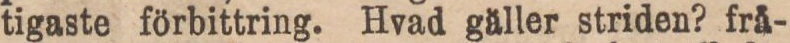
tigaste förbittring. Hvad gäller striden? frå-